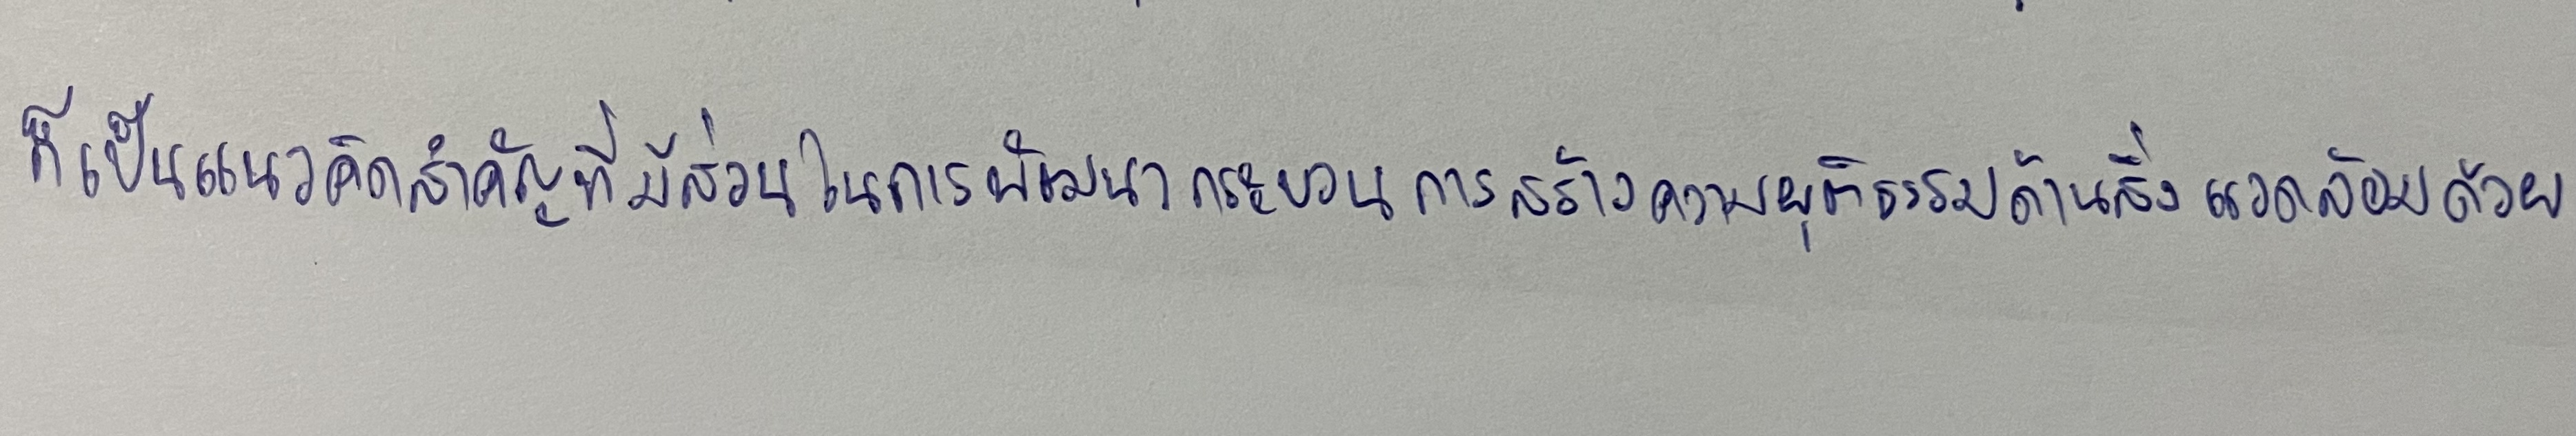
ก็เป็นแนวคิดสำคัญที่มีส่วนในการพัฒนากระบวนการสร้างความยุติธรรมด้านสิ่งแวดล้อมด้วย